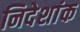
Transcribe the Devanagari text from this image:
निदेशांक